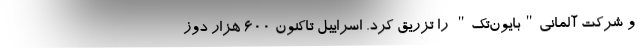
و شرکت آلمانی"بایون‌تک" را تزریق کرد. اسراییل تاکنون 600 هزار دوز